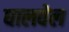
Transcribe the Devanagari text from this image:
घालवेल